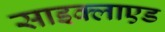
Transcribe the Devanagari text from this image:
साइक्लाएड